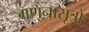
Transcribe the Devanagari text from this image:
गणनासूत्रों